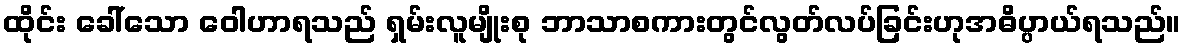
ထိုင်း ခေါ်သော ဝေါဟာရသည် ရှမ်းလူမျိုးစု ဘာသာစကားတွင်လွတ်လပ်ခြင်းဟုအဓိပ္ပာယ်ရသည်။